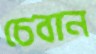
চেবান